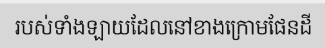
របស់ទាំងឡាយដែលនៅខាងក្រោមផែនដី